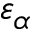
\varepsilon _ { \alpha }